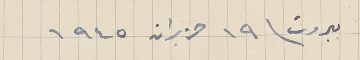
بيروت فى ١٩ حزيران ١٩٤٥